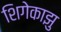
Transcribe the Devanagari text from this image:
शिगेकाझु